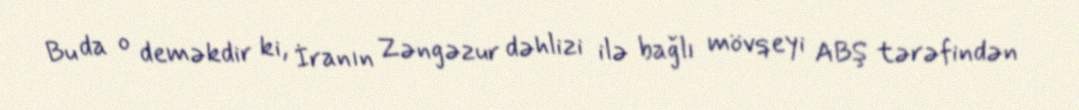
Bu da o deməkdir ki, İranın Zəngəzur dəhlizi ilə bağlı mövqeyi ABŞ tərəfindən